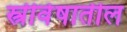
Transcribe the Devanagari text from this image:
स्त्रीवेषातील